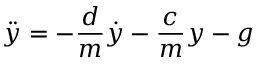
{ \ddot { y } } = - { \frac { d } { m } } { \dot { y } } - { \frac { c } { m } } y - g